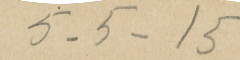
5 -5 - 15